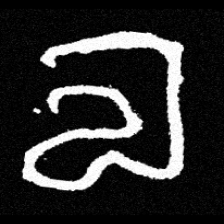
Pyu character \u2014 Myanmar letter: လ (romanized: la)